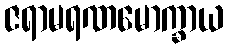
ဇရာမရဏမောက္ခာယ